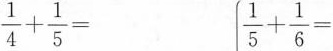
$$\frac { 1 } { 4 }+ \frac { 1 } { 5 } =$$ $$\frac { 1 } { 5 } + \frac { 1 } { 6 } =$$